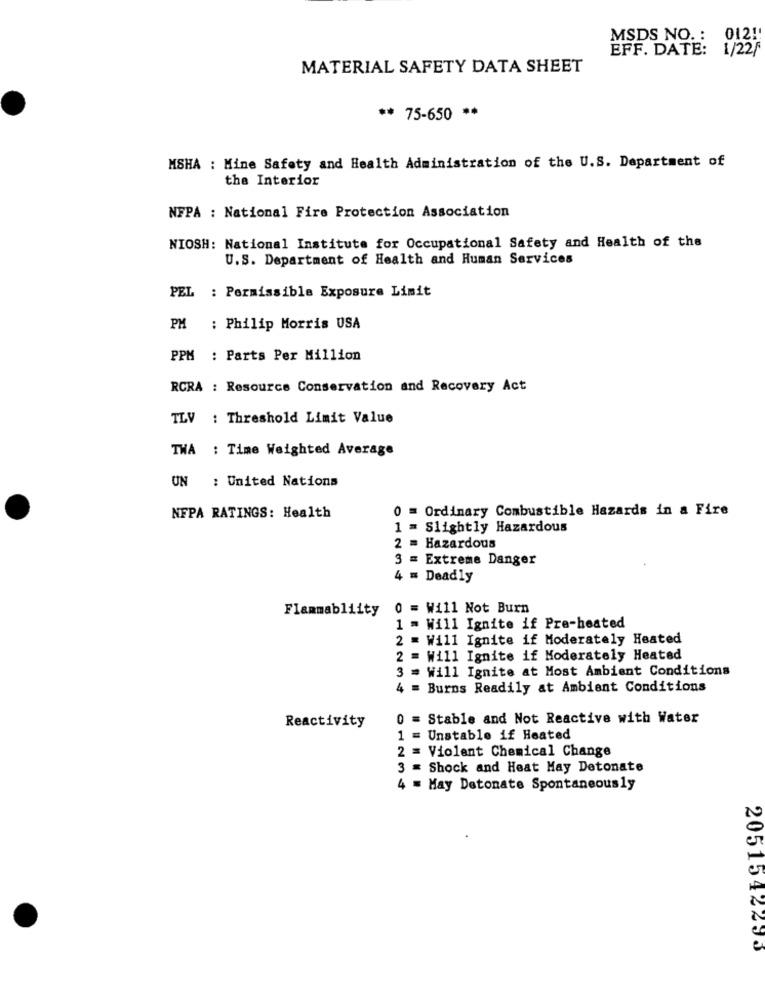
MSDS NO .: 012 !!
EFF. DATE: 1/22/
MATERIAL SAFETY DATA SHEET
** 75-650 **
MSHA : Mine Safety and Health Administration of the U.S. Department of
the Interior
NFPA : National Fire Protection Association
NIOSH: National Institute for Occupational Safety and Health of the
U.S. Department of Health and Human Services
PEL : Permissible Exposure Limit
PM
: Philip Morris USA
PPM : Parts Per Million
RCRA : Resource Conservation and Recovery Act
TLV : Threshold Limit Value
TWA : Time Weighted Average
UN : United Nations
0
Ordinary Combustible Hazards in a Fire
NFPA RATINGS: Health
1
Slightly Hazardous
2
Hazardous
= Extreme Danger
4 = Deadly
Flammabliity
0 = Will Not Burn
1
= Will Ignite if Pre-heated
2
= Will Ignite if Moderately Heated
2 .
Will Ignite if Moderately Heated
Will Ignite at Most Ambient Conditions
Burns Readily at Ambient Conditions
Reactivity
0 = Stable and Not Reactive with Water
1 = Unstable if Heated
2 = Violent Chemical Change
3 = Shock and Heat May Detonate
4 = May Detonate Spontaneously
2051542293